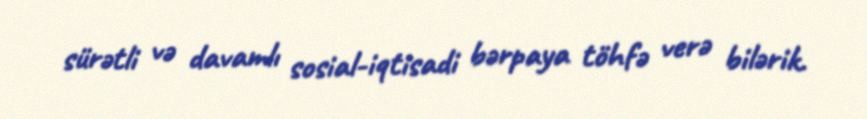
sürətli və davamlı sosial-iqtisadi bərpaya töhfə verə bilərik.